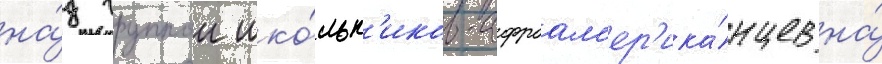
на́д группои шко́льн'иков-афроам'ер'ика́нцев на́